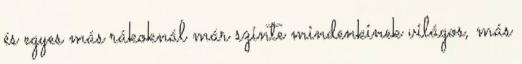
és egyes más rákoknál már szinte mindenkinek világos, más